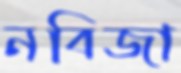
নবিজা